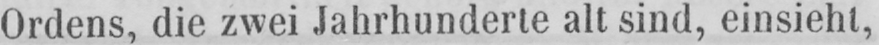
Ordens, die zwei Jahrhunderte alt sind, einsieht,